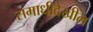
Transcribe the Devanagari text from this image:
समाधीदेखील